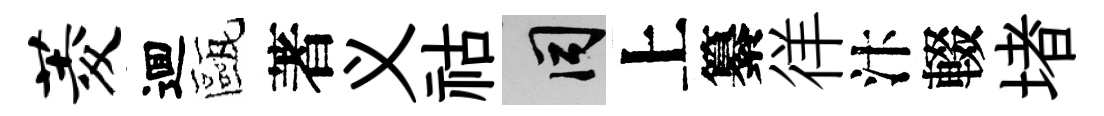
菱逥甌著义祜间上纂徉汴輟堵